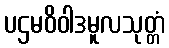
ပဌမဝိဝါဒမူလသုတ္တံ